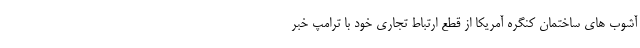
آشوب های ساختمان کنگره آمریکا از قطع ارتباط تجاری خود با ترامپ خبر